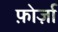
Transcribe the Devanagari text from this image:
फ़ोर्ज़ा